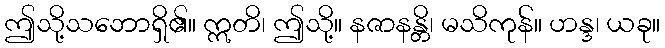
ဤသို့သဘောရှိ၏။ ဣတိ၊ ဤသို့။ နဇာနန္တိ၊ မသိကုန်။ ဟန္ဒ၊ ယခု။